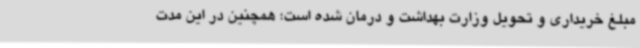
مبلغ خریداری و تحویل وزارت بهداشت و درمان شده است؛ همچنین در این مدت